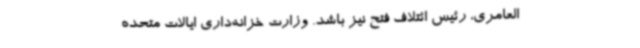
العامری، رئیس ائتلاف فتح نیز باشد. وزارت خزانه‌داری ایالات متحده